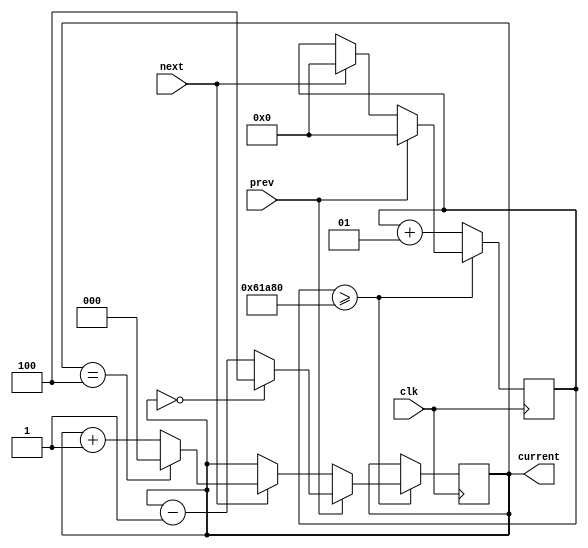
module Switch_music(
       input clk,
       input prev,
       input next,
       output reg [2:0]current=0
       );
       parameter SONG_NUM=5;
       integer clk_cnt=400000;
       always @(posedge clk) begin
           if(clk_cnt>=400000) begin
               if(prev) begin
                   clk_cnt<=0;
                   current<=current-3'b001;
                   if(current==3'b000)
                   current<=SONG_NUM-1;
               end
               else if(next) begin
                   clk_cnt<=0;
                   current<=current+3'b001;
                   if(current==SONG_NUM-1)
                   current<=0;
               end
           end
           else 
               clk_cnt<=clk_cnt+1;
       end
   endmodule